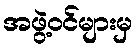
အဖွဲ့ဝင်များမှ